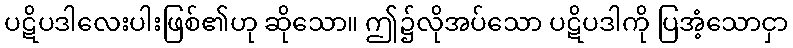
ပဋိပဒါလေးပါးဖြစ်၏ဟု ဆိုသော။ ဤ၌လိုအပ်သော ပဋိပဒါကို ပြအံ့သောငှာ